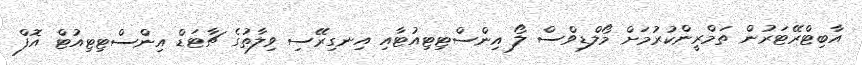
އާބިޓްރޭޓަރުން ތަމްރީންކުރުމަށް މޯލްޑިވްސް ލޯ އިންސްޓިޓިއުޓާއި އިނގިރޭސި ވިލާތުގެ ޗާޓަޑް އިންސްޓިޓިއުޓް އޮފް